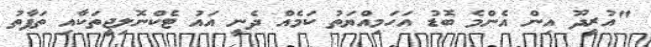
"އުރީދޫ އިން އެންމެ ބޮޑު އަހަމިއްޔަތު ކަމެއް ދެނީ އައު ޓެކްނޮލިޖީތަކާއި ތަފާތު